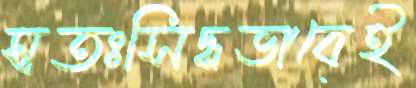
স্বতঃসিদ্ধভাবেই